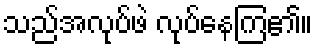
သည်အလုပ်ဖဲ လုပ်နေကြ၏။